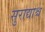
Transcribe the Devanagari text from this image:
सुराद्याश्च